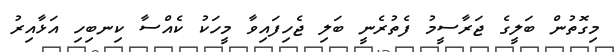
މިގޮތުން ބަލީގެ ޖަރާސީމު ފެތުރެނީ ބަލި ޖެހިފައިވާ މީހަކު ކެއްސާ ކިނބިހި އަޅާއިރު